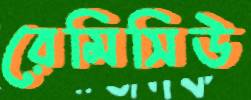
রেমিসিউ